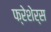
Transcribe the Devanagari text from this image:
फ्रेशेर्स